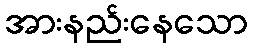
အားနည်းနေသော